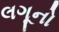
લગૂનો